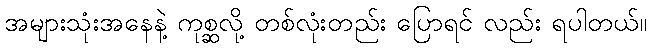
အများသုံးအနေနဲ့ ကုစ္ဆလို့ တစ်လုံးတည်း ပြောရင် လည်း ရပါတယ်။